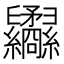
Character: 𦈇